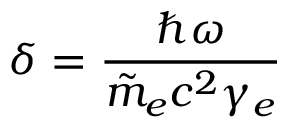
\delta = \frac { \hbar \omega } { \Tilde { m } _ { e } c ^ { 2 } \gamma _ { e } }